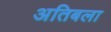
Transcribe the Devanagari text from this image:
अतिबला